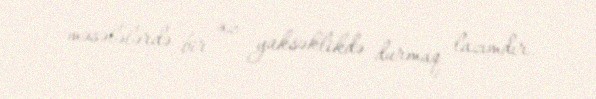
məsələlərdə bir az yüksəklikdə durmaq lazımdır.